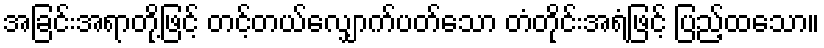
အခြင်းအရာတို့ဖြင့် တင့်တယ်လျှောက်ပတ်သော တံတိုင်းအရံဖြင့် ပြည့်ထသော။